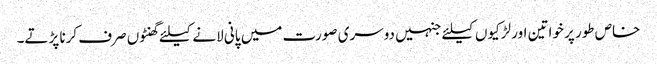
خاص طور پر خواتین اور لڑکیوں کیلئے جنہیں دوسری صورت میں پانی لانے کیلئے گھنٹوں صرف کرنا پڑتے۔